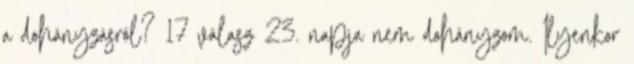
a dohányzásról? 17 válasz 23. napja nem dohányzom. Ilyenkor